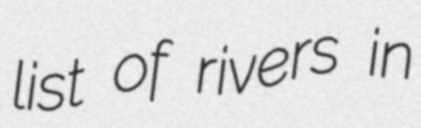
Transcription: list of rivers in